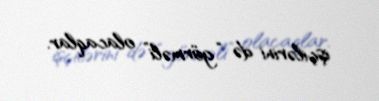
işçilərini də “görməli” olacaqlar.